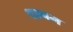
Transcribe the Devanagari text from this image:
थानम